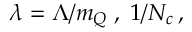
\lambda = \Lambda / m _ { Q } \; , \; 1 / N _ { c } \, ,